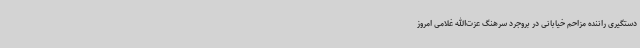
دستگیری راننده مزاحم خیابانی در بروجرد سرهنگ عزت‌الله غلامی امروز